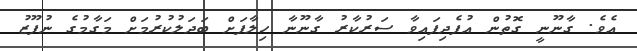
އެވެ. ގާނޫނީ ގޮތުން އުފެދިފައިވާ ސަރުކާރު ގާނޫނާ ހިލާފަށް ބަދަލުކުރުމަށް މަގާމުގެ ނުފޫޒު